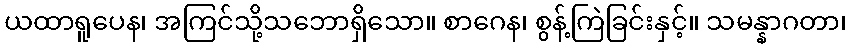
ယထာရူပေန၊ အကြင်သို့သဘောရှိသော။ စာဂေန၊ စွန့်ကြဲခြင်းနှင့်။ သမန္နာဂတာ၊